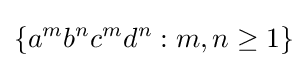
\{a^{m}b^{n}c^{m}d^{n}:m,n\geq 1\}